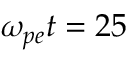
\omega _ { p e } t = 2 5